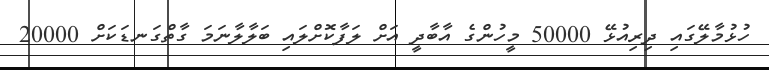
ހުޅުމާލޭގައި ދިރިއުޅޭ 50000 މީހުންގެ އާބާދީ އަށް ލަފާކޮށްލައި ބަލާލާނަމަ ގާތްގަނޑަކަށް 20000